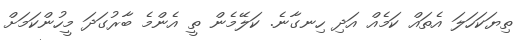
ތިޔަކަހަލަ އެތައް ކަމެއް އަދި ހިނގާނެ. ކަލޭމެން ތީ އެންމެ ބާރުގަދަ މީހުންކަމަށް